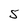
Character: 5